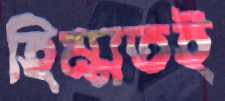
হিম্মতই